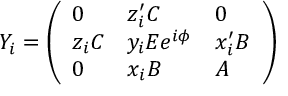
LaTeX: Y _ { i } = \left( \begin{array} { l l l } { { 0 } } & { { z _ { i } ^ { \prime } C } } & { { 0 } } \\ { { z _ { i } C } } & { { y _ { i } E e ^ { i \phi } } } & { { x _ { i } ^ { \prime } B } } \\ { { 0 } } & { { x _ { i } B } } & { { A } } \end{array} \right)